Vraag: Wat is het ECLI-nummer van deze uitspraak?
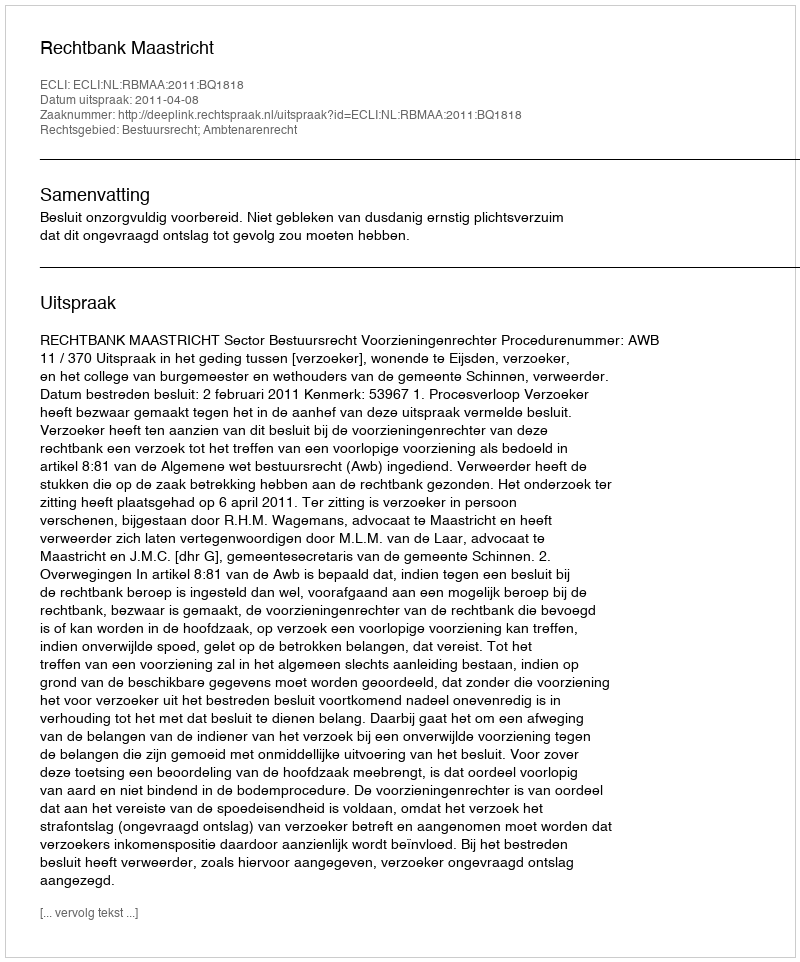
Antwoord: ECLI:NL:RBMAA:2011:BQ1818